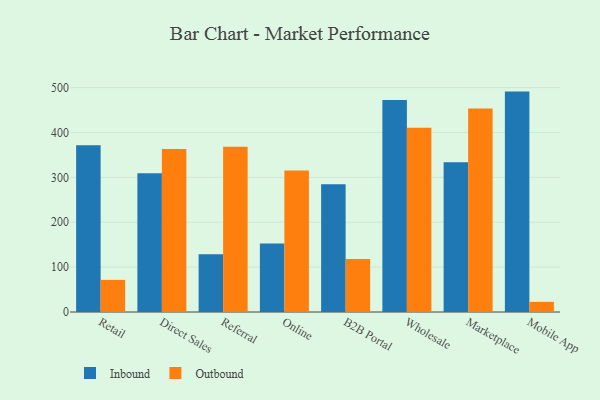
{"axis": {"x": "Channel", "y": "Market Share (%)"}, "legend": ["Inbound", "Outbound"], "data": [{"x": "Retail", "y": 371.8, "type": "Inbound"}, {"x": "Retail", "y": 71.6, "type": "Outbound"}, {"x": "Direct Sales", "y": 309.0, "type": "Inbound"}, {"x": "Direct Sales", "y": 363.2, "type": "Outbound"}, {"x": "Referral", "y": 128.7, "type": "Inbound"}, {"x": "Referral", "y": 368.4, "type": "Outbound"}, {"x": "Online", "y": 152.8, "type": "Inbound"}, {"x": "Online", "y": 315.3, "type": "Outbound"}, {"x": "B2B Portal", "y": 284.9, "type": "Inbound"}, {"x": "B2B Portal", "y": 117.9, "type": "Outbound"}, {"x": "Wholesale", "y": 472.3, "type": "Inbound"}, {"x": "Wholesale", "y": 410.4, "type": "Outbound"}, {"x": "Marketplace", "y": 333.6, "type": "Inbound"}, {"x": "Marketplace", "y": 453.6, "type": "Outbound"}, {"x": "Mobile App", "y": 491.1, "type": "Inbound"}, {"x": "Mobile App", "y": 22.6, "type": "Outbound"}]}